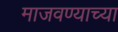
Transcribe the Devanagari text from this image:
माजवण्याच्या